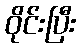
ဝိုင်းပြီး